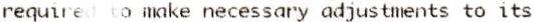
REQUIRED TO MAKE NECESSARY ADJUSTMENTS TO ITS